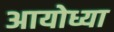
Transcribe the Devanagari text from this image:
अायोध्या